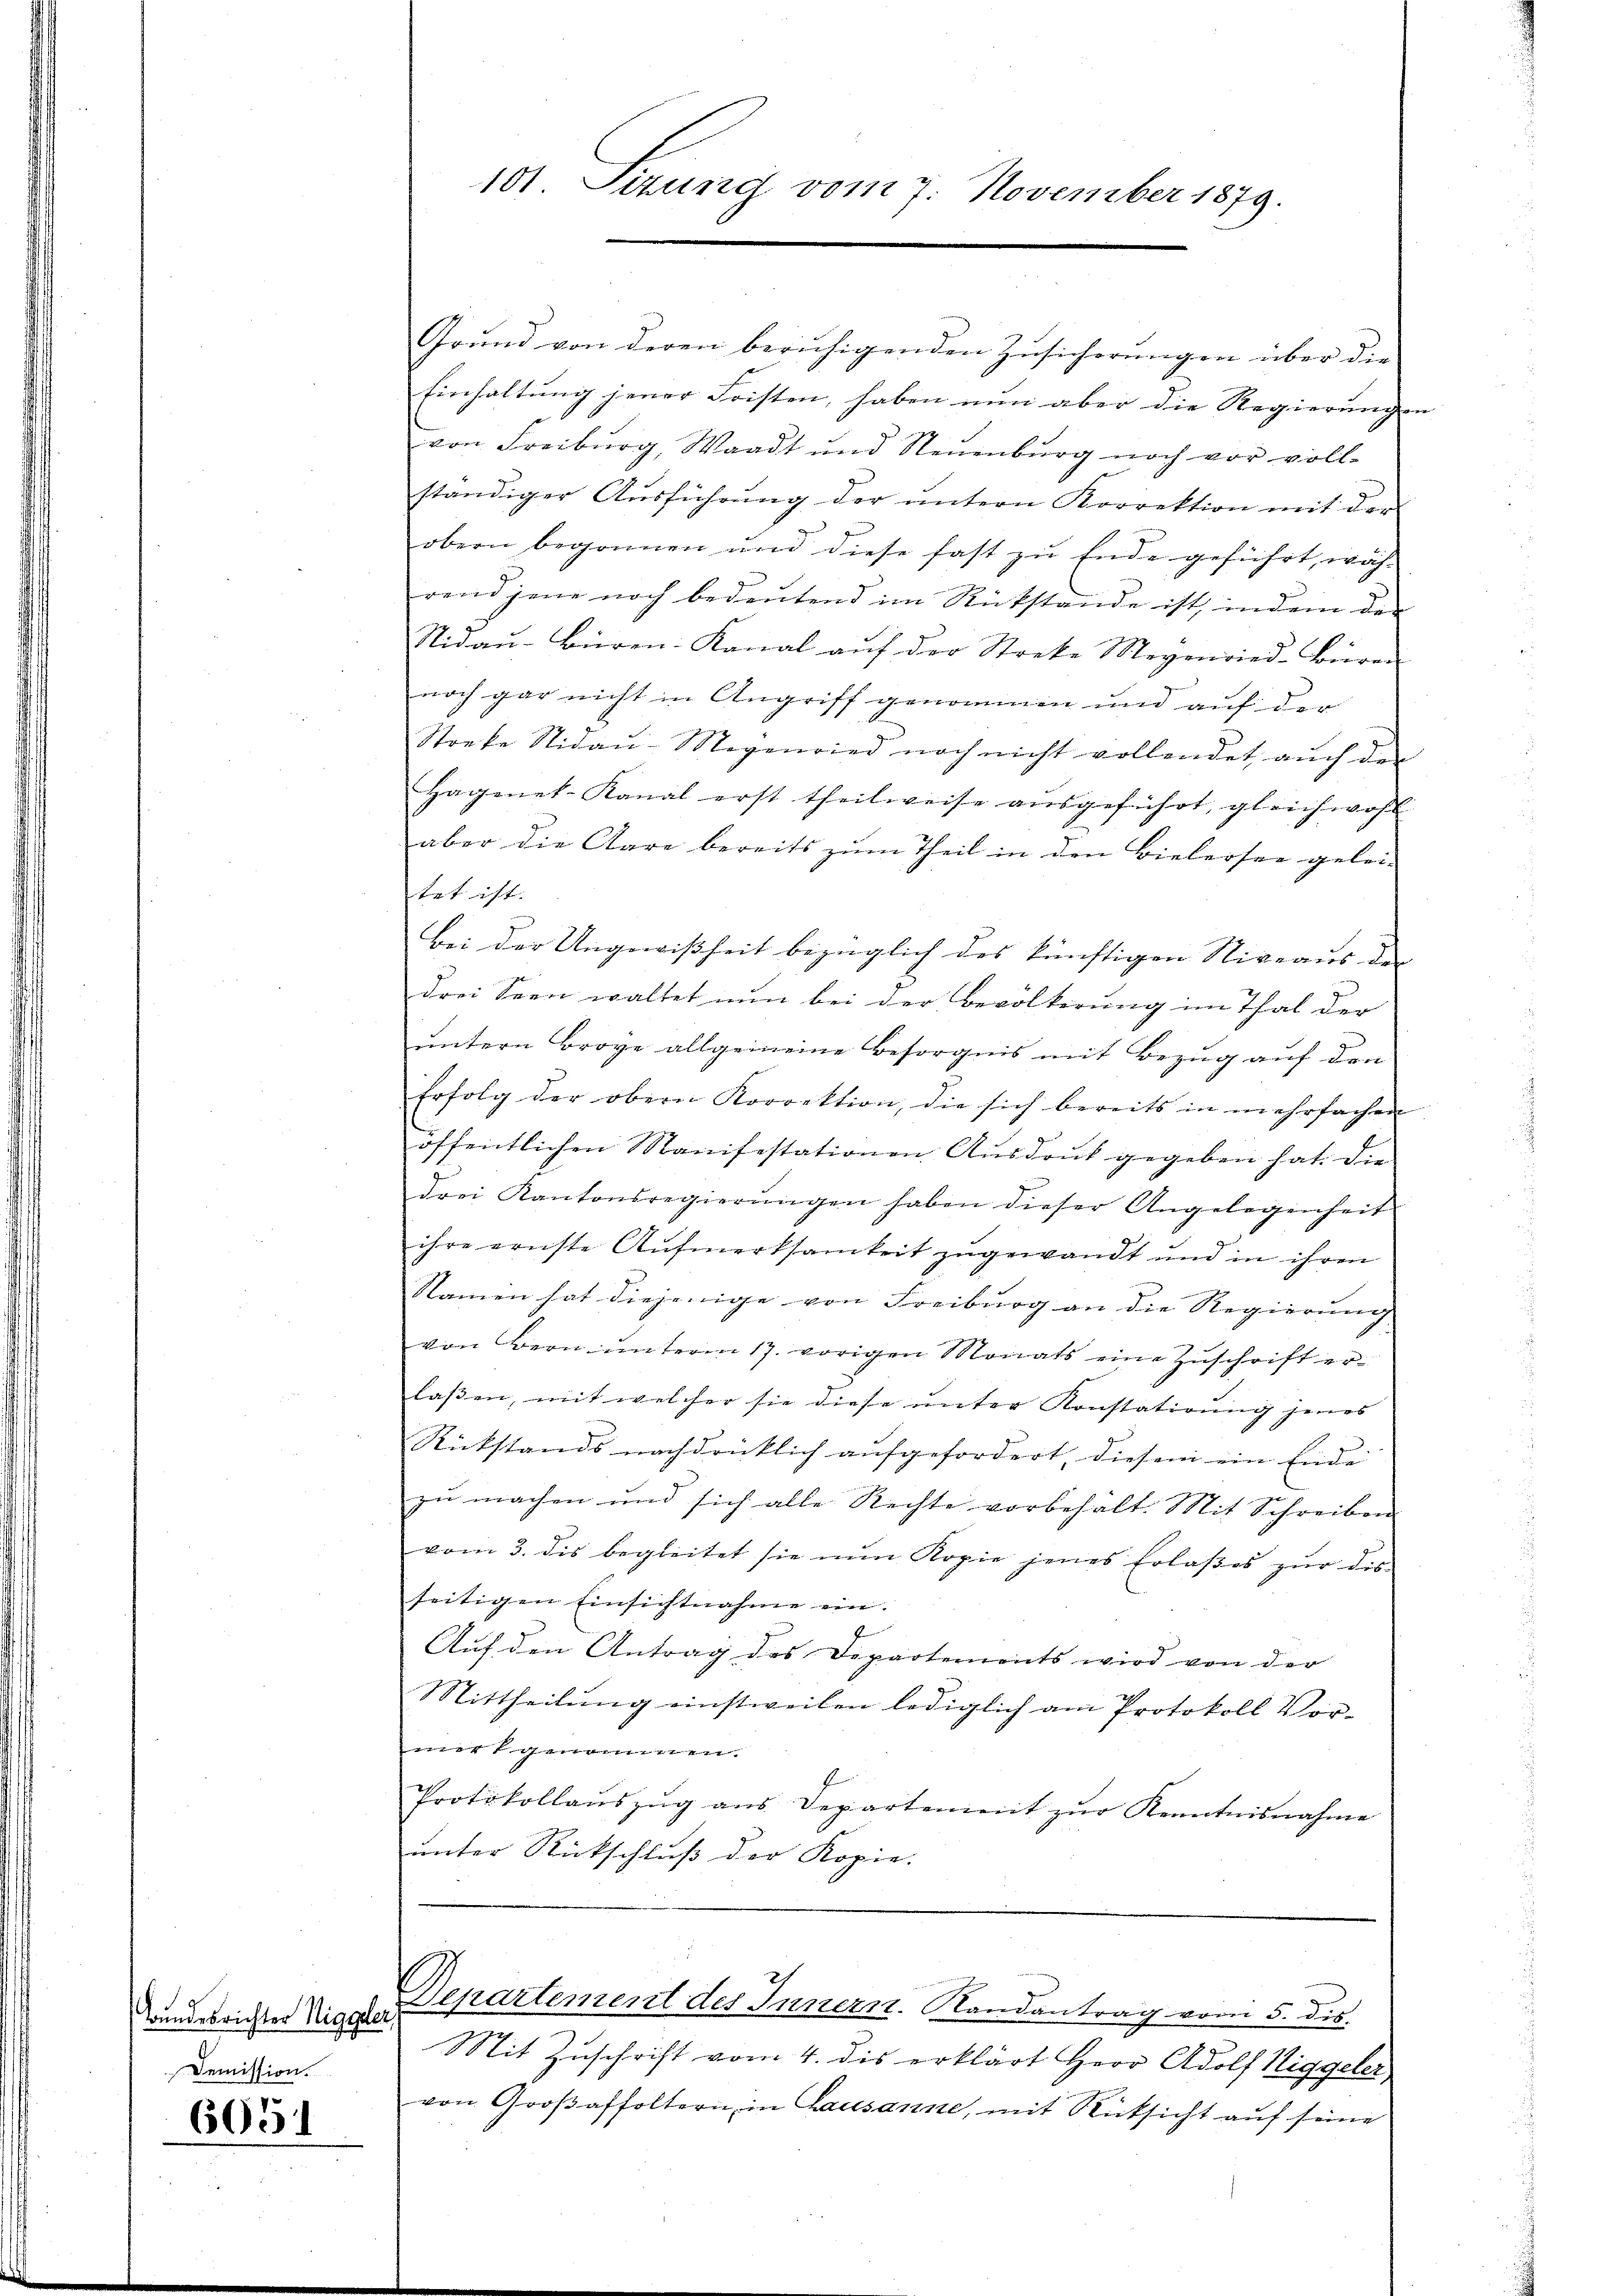
Bundesrichter Niggeler
Demission.

6651

101 Sizung vom 7. November 1879.

Grund von deren beruhigenden Zusicherungen über die
Einhaltung jener Fristen, haben nun aber die Regierungen
von Freiburg, Waadt und Neuenburg noch vor voll-
ständiger Aŭsführŭng der ŭntern Korrektion mit der
obern begonnen und diese fast zu Ende geführt, wäh-
rend jene noch bedeutend im Rückstände ist, in dem der
Nidau-Bieren Kanal auf der Stocke Megenried-Büren
noch gar nicht in Angriff genommen und auf der
Stocke Nidaŭ-Megenried noch nicht vollendet aŭch der
Hagenet-Kanal erst theilweise aŭsgeführt, gleichwohl
aber die Aare bereits zum Theil in den Bielersee gelei-
tet ist. |
Bei der Ungewißheit bezüglich des künftigen Niveaus der |
drei Seen waltet nun bei der Bevölkerung im That der
untern Brove allgemeine Besorgnis mit Bezug auf den
Erfolg der obern Korrektion, die sich bereits in mehrfachen
öffentlichen Manifestationen Ausdruck gegeben hat. Die
drei Kantonsregierŭngen haben dieser Angelegenheit
ihre ernste Aufmerksamkeit zugewandt und in ihren
Namen hat diejenige von Freiburg an die Regierung |
von Bern ŭnterm 17. vorigen Monats eine Zŭschrift er-
laβen, mit welcher sie diese unter Konstatirung jenes
Rückstands nachdrücklich aufgefordert, diesem ein Ende
zu machen und sich alle Rechte vorbehalt. Mit Schreiben
vom 3. dis begleitet sie nŭn Kopie jenes Erlaβes zŭr dis
seitigen Einsichtnahme ein.
Aŭf den Antrag des Departements wird von der
Mittheilŭng einstweilen lediglich am Protokoll Vor-
merk genommen.
Protokollaŭszŭg ans Departement zŭr Kenntnisnahme
unter Rückschluß der Kopie.

Departement des Innern. Randantrag vom 5. dis.

Mit Zuschrift vom 4. dis erklärt Herr Adolf Niggeler
von Großaffoltern, in Lausanne, mit Rücksicht auf seine